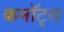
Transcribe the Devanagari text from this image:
कनॉट्स